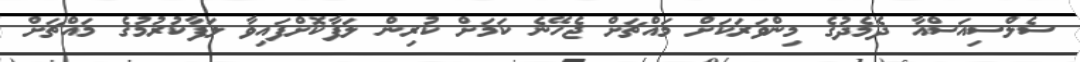
ސެލްސިއަސްއާ ދެމެދުގެ މިންވަރަކަށް މައްޗަށް ޖެހޭނެ ކަމަށް ކުރިން ލަފާކޮށްފައިވާ ލަފާކުރުމުގެ މައްޗަށް